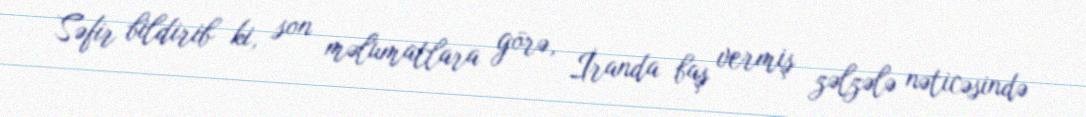
Səfir bildirib ki, son məlumatlara görə, İranda baş vermiş zəlzələ nəticəsində